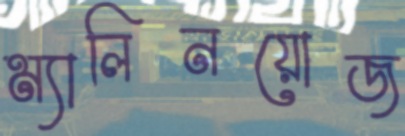
ম্যালিনয়োজ